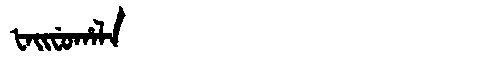
Manchu: ᡶᠠᡳᠸᡠᡥᠠᠯᠠ
Romanization: FAIFUHALA